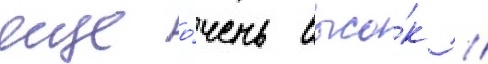
еще о́чень высо́к //